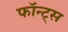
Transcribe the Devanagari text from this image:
फॉन्ट्‌स